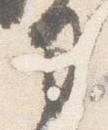
司